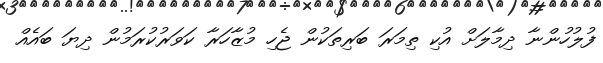
ފުލުހުންނާ ދިމާލަށް އުކި ތިމަރަ ބަރިތަކުން ޖެހި މުޒާހަރާ ކަވަރުކުރަމުން ދިޔަ ބައެއް